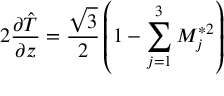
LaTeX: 2 { \frac { \partial \hat { T } } { \partial z } } = { \frac { \sqrt { 3 } } { 2 } } \left( 1 - \sum _ { j = 1 } ^ { 3 } { \cal M } _ { j } ^ { * 2 } \right)